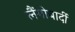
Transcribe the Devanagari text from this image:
लैंगोबार्दी